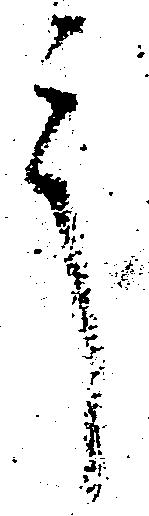
言